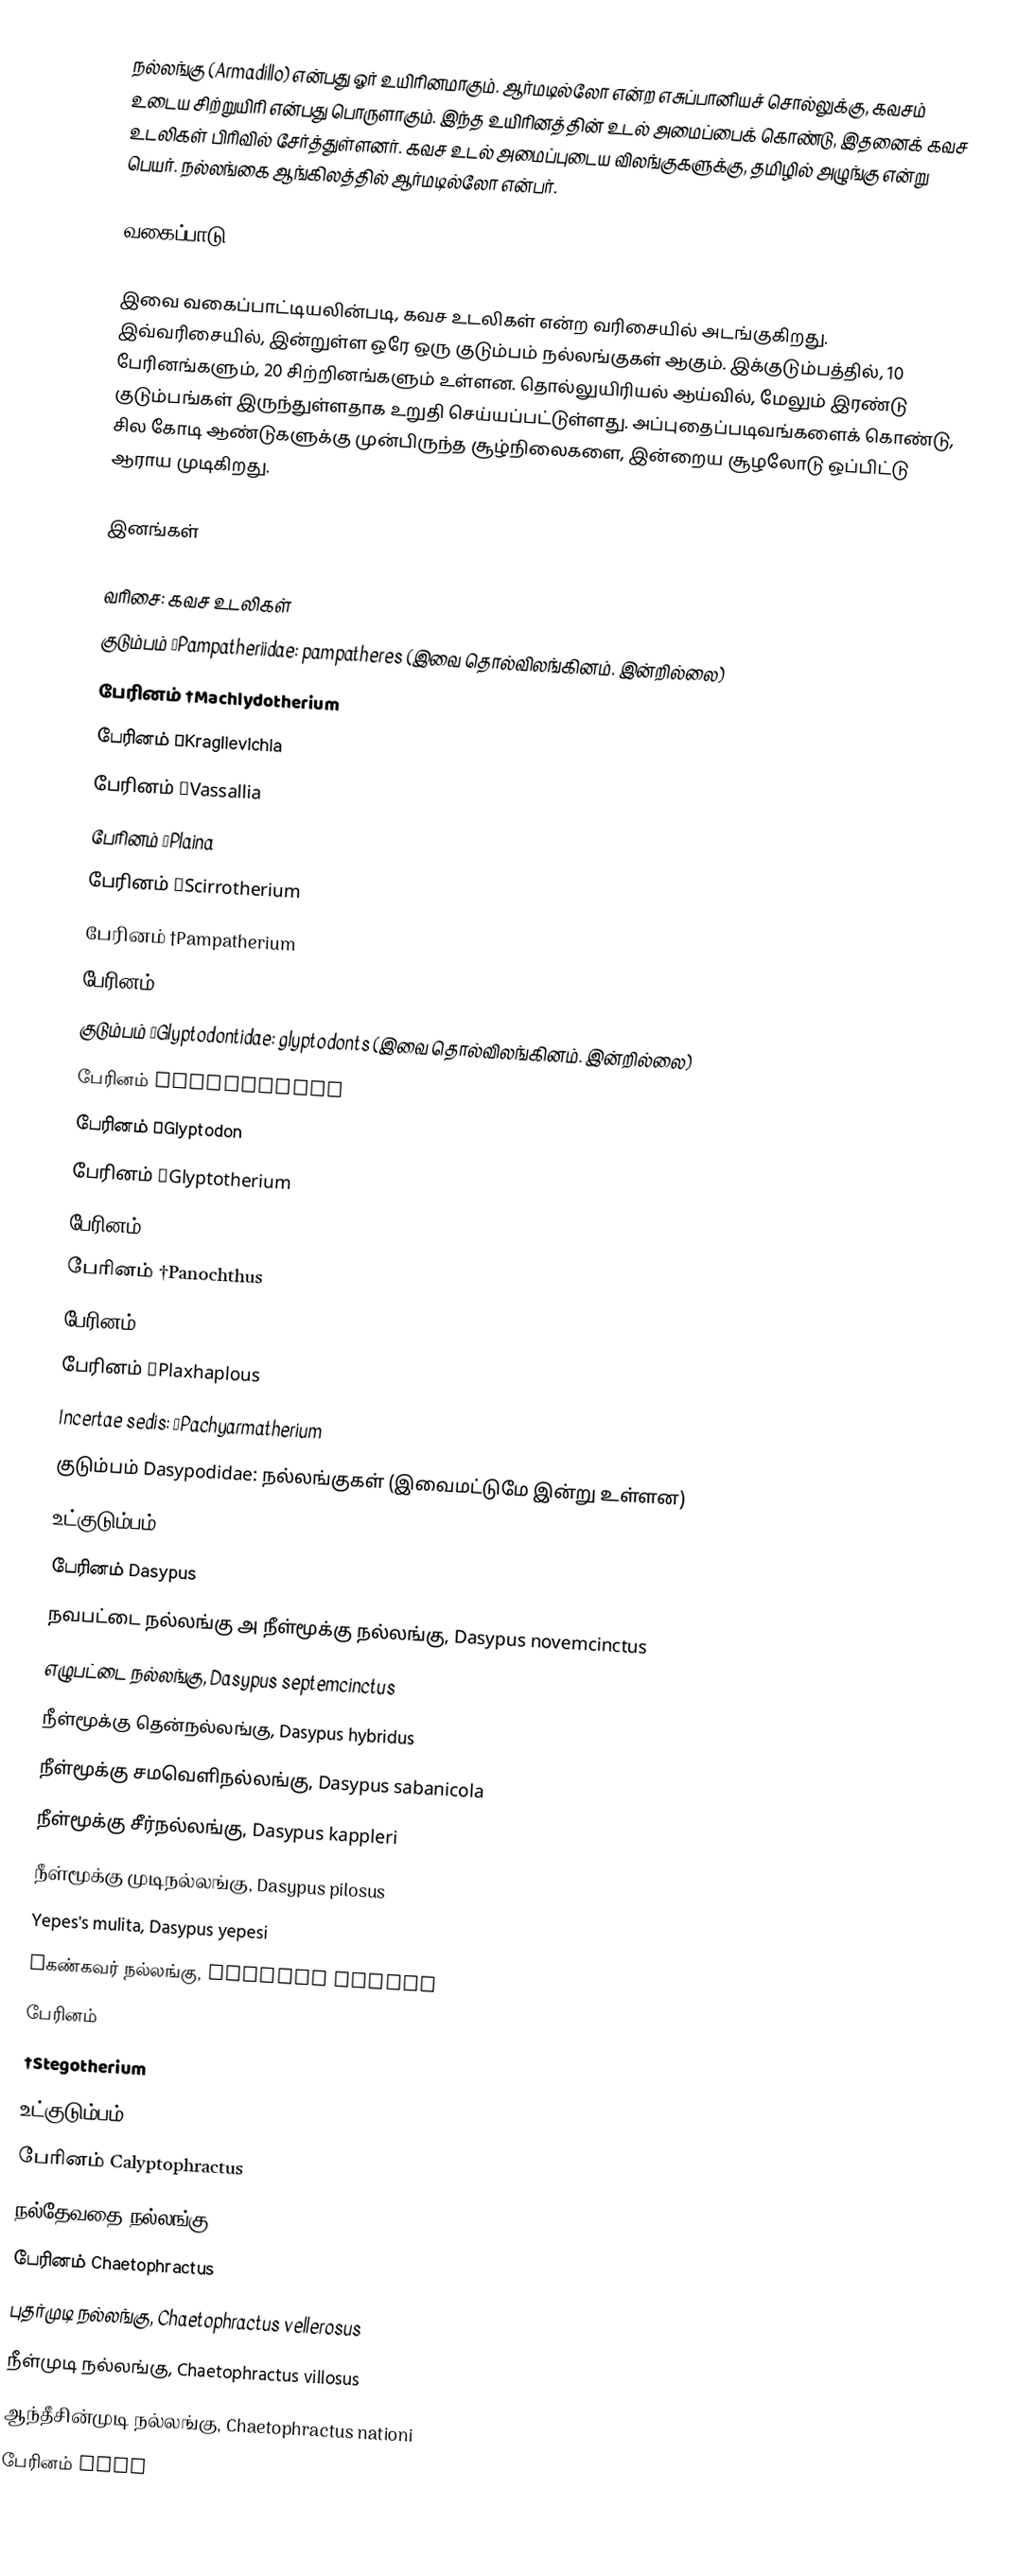
நல்லங்கு (Armadillo) என்பது ஓர் உயிரினமாகும். ஆர்மடில்லோ என்ற எசுப்பானியச் சொல்லுக்கு, கவசம் உடைய சிற்றுயிரி என்பது பொருளாகும். இந்த உயிரினத்தின் உடல் அமைப்பைக் கொண்டு, இதனைக் கவச உடலிகள் பிரிவில் சேர்த்துள்ளனர். கவச உடல் அமைப்புடைய விலங்குகளுக்கு, தமிழில் அழுங்கு என்று பெயர். நல்லங்கை ஆங்கிலத்தில் ஆர்மடில்லோ என்பர்.

வகைப்பாடு

இவை வகைப்பாட்டியலின்படி, கவச உடலிகள் என்ற வரிசையில் அடங்குகிறது. இவ்வரிசையில்,  இன்றுள்ள ஒரே ஒரு குடும்பம் நல்லங்குகள் ஆகும். இக்குடும்பத்தில், 10 பேரினங்களும், 20 சிற்றினங்களும் உள்ளன. தொல்லுயிரியல் ஆய்வில், மேலும் இரண்டு குடும்பங்கள் இருந்துள்ளதாக உறுதி செய்யப்பட்டுள்ளது. அப்புதைப்படிவங்களைக் கொண்டு, சில கோடி ஆண்டுகளுக்கு முன்பிருந்த சூழ்நிலைகளை, இன்றைய சூழலோடு ஒப்பிட்டு ஆராய முடிகிறது.

இனங்கள்

வரிசை: கவச உடலிகள்
 குடும்பம் †Pampatheriidae: pampatheres (இவை தொல்விலங்கினம். இன்றில்லை)
 பேரினம் †Machlydotherium
 பேரினம் †Kraglievichia
 பேரினம் †Vassallia
 பேரினம் †Plaina
 பேரினம் †Scirrotherium
 பேரினம் †Pampatherium
 பேரினம் †Holmesina
 குடும்பம் †Glyptodontidae: glyptodonts  (இவை தொல்விலங்கினம். இன்றில்லை)
 பேரினம் †Doedicurus
 பேரினம் †Glyptodon
 பேரினம் †Glyptotherium
 பேரினம் †Hoplophorus
 பேரினம் †Panochthus
 பேரினம் †Parapropalaehoplophorus
 பேரினம் †Plaxhaplous
 Incertae sedis: †Pachyarmatherium
 குடும்பம் Dasypodidae: நல்லங்குகள்  (இவைமட்டுமே இன்று உள்ளன)
 உட்குடும்பம் Dasypodinae
 பேரினம் Dasypus
 நவபட்டை நல்லங்கு அ நீள்மூக்கு நல்லங்கு, Dasypus novemcinctus
 எழுபட்டை நல்லங்கு, Dasypus septemcinctus
 நீள்மூக்கு தென்நல்லங்கு, Dasypus hybridus
 நீள்மூக்கு சமவெளிநல்லங்கு, Dasypus sabanicola
 நீள்மூக்கு சீர்நல்லங்கு, Dasypus kappleri
 நீள்மூக்கு முடிநல்லங்கு, Dasypus pilosus
 Yepes's mulita, Dasypus yepesi
 †கண்கவர் நல்லங்கு, Dasypus bellus
 பேரினம்
 †Stegotherium
 உட்குடும்பம் Euphractinae
 பேரினம் Calyptophractus
 நல்தேவதை நல்லங்கு, Calyptophractus retusus
 பேரினம் Chaetophractus
 புதர்முடி நல்லங்கு, Chaetophractus vellerosus
 நீள்முடி நல்லங்கு, Chaetophractus villosus
 ஆந்தீசின்முடி நல்லங்கு, Chaetophractus nationi
 பேரினம் †Pel